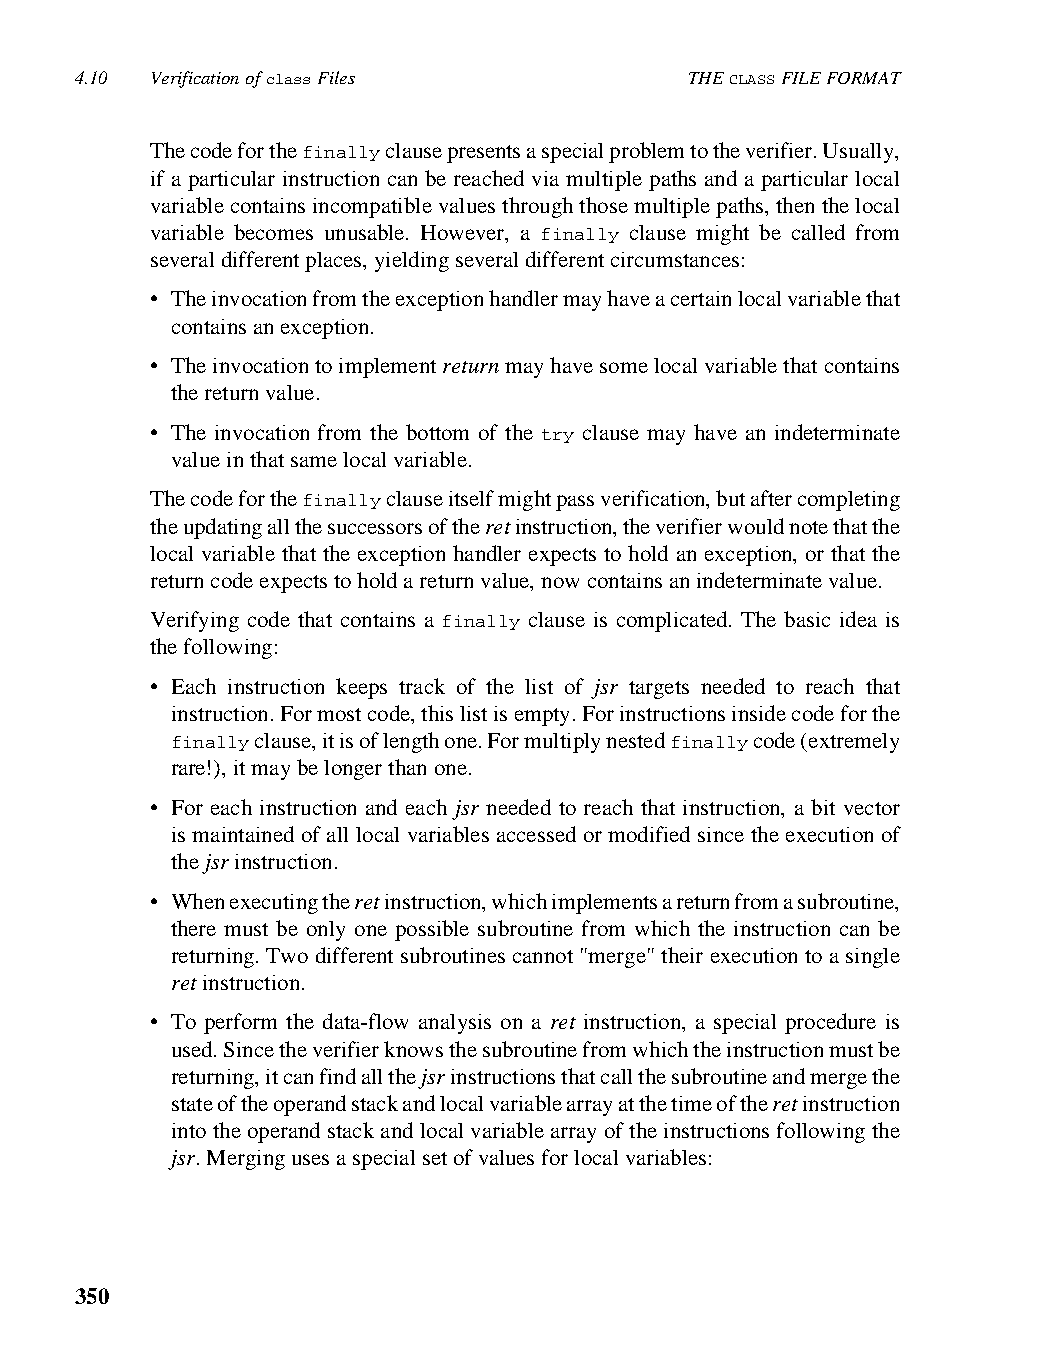
4.10 Verification of class Files         THE CLASS FILE FORMAT
 The code for the finally clause presents a special problem to the verifier. Usually,
 if a particular instruction can be reached via multiple paths and a particular local
 variable contains incompatible values through those multiple paths, then the local
 variable becomes unusable. However, a finally clause might be called from
 several different places, yielding several different circumstances:
 • The invocation from the exception handler may have a certain local variable that
 contains an exception.
 • The invocation to implement return may have some local variable that contains
 the return value.
 • The invocation from the bottom of the try clause may have an indeterminate
 value in that same local variable.
 The code for the finally clause itself might pass verification, but after completing
 the updating all the successors of the ret instruction, the verifier would note that the
 local variable that the exception handler expects to hold an exception, or that the
 return code expects to hold a return value, now contains an indeterminate value.
 Verifying code that contains a finally clause is complicated. The basic idea is
 the following:
 • Each instruction keeps track of the list of jsr targets needed to reach that
 instruction. For most code, this list is empty. For instructions inside code for the
 finally clause, it is of length one. For multiply nested finally code (extremely
 rare!), it may be longer than one.
 • For each instruction and each jsr needed to reach that instruction, a bit vector
 is maintained of all local variables accessed or modified since the execution of
 the jsr instruction.
 • When executing the ret instruction, which implements a return from a subroutine,
 there must be only one possible subroutine from which the instruction can be
 returning. Two different subroutines cannot "merge" their execution to a single
 ret instruction.
 • To perform the data-flow analysis on a ret instruction, a special procedure is
 used. Since the verifier knows the subroutine from which the instruction must be
 returning, it can find all the jsr instructions that call the subroutine and merge the
 state of the operand stack and local variable array at the time of the ret instruction
 into the operand stack and local variable array of the instructions following the
 jsr. Merging uses a special set of values for local variables:
 350